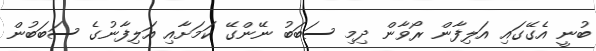
ބުނީ އެގޭގައި އަލިފާން ރޯވާން ދިމި ސަބަބު ނޭންގޭ ކަމަށާއި އަލިފާނުގެ ސަބަބުން